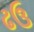
ઢઉ